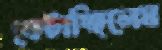
ফেটাচ্ছিলেম